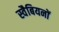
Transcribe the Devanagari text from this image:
स्वैबियनों